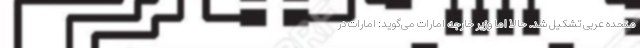
متحده عربی تشکیل شد. حالا اما وزیر خارجه امارات می‌گوید: امارات در